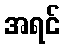
အရင်